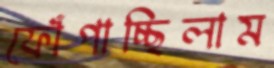
ফোঁপাচ্ছিলাম